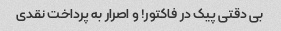
بی دقتی پیک در فاکتور! و اصرار به پرداخت نقدی